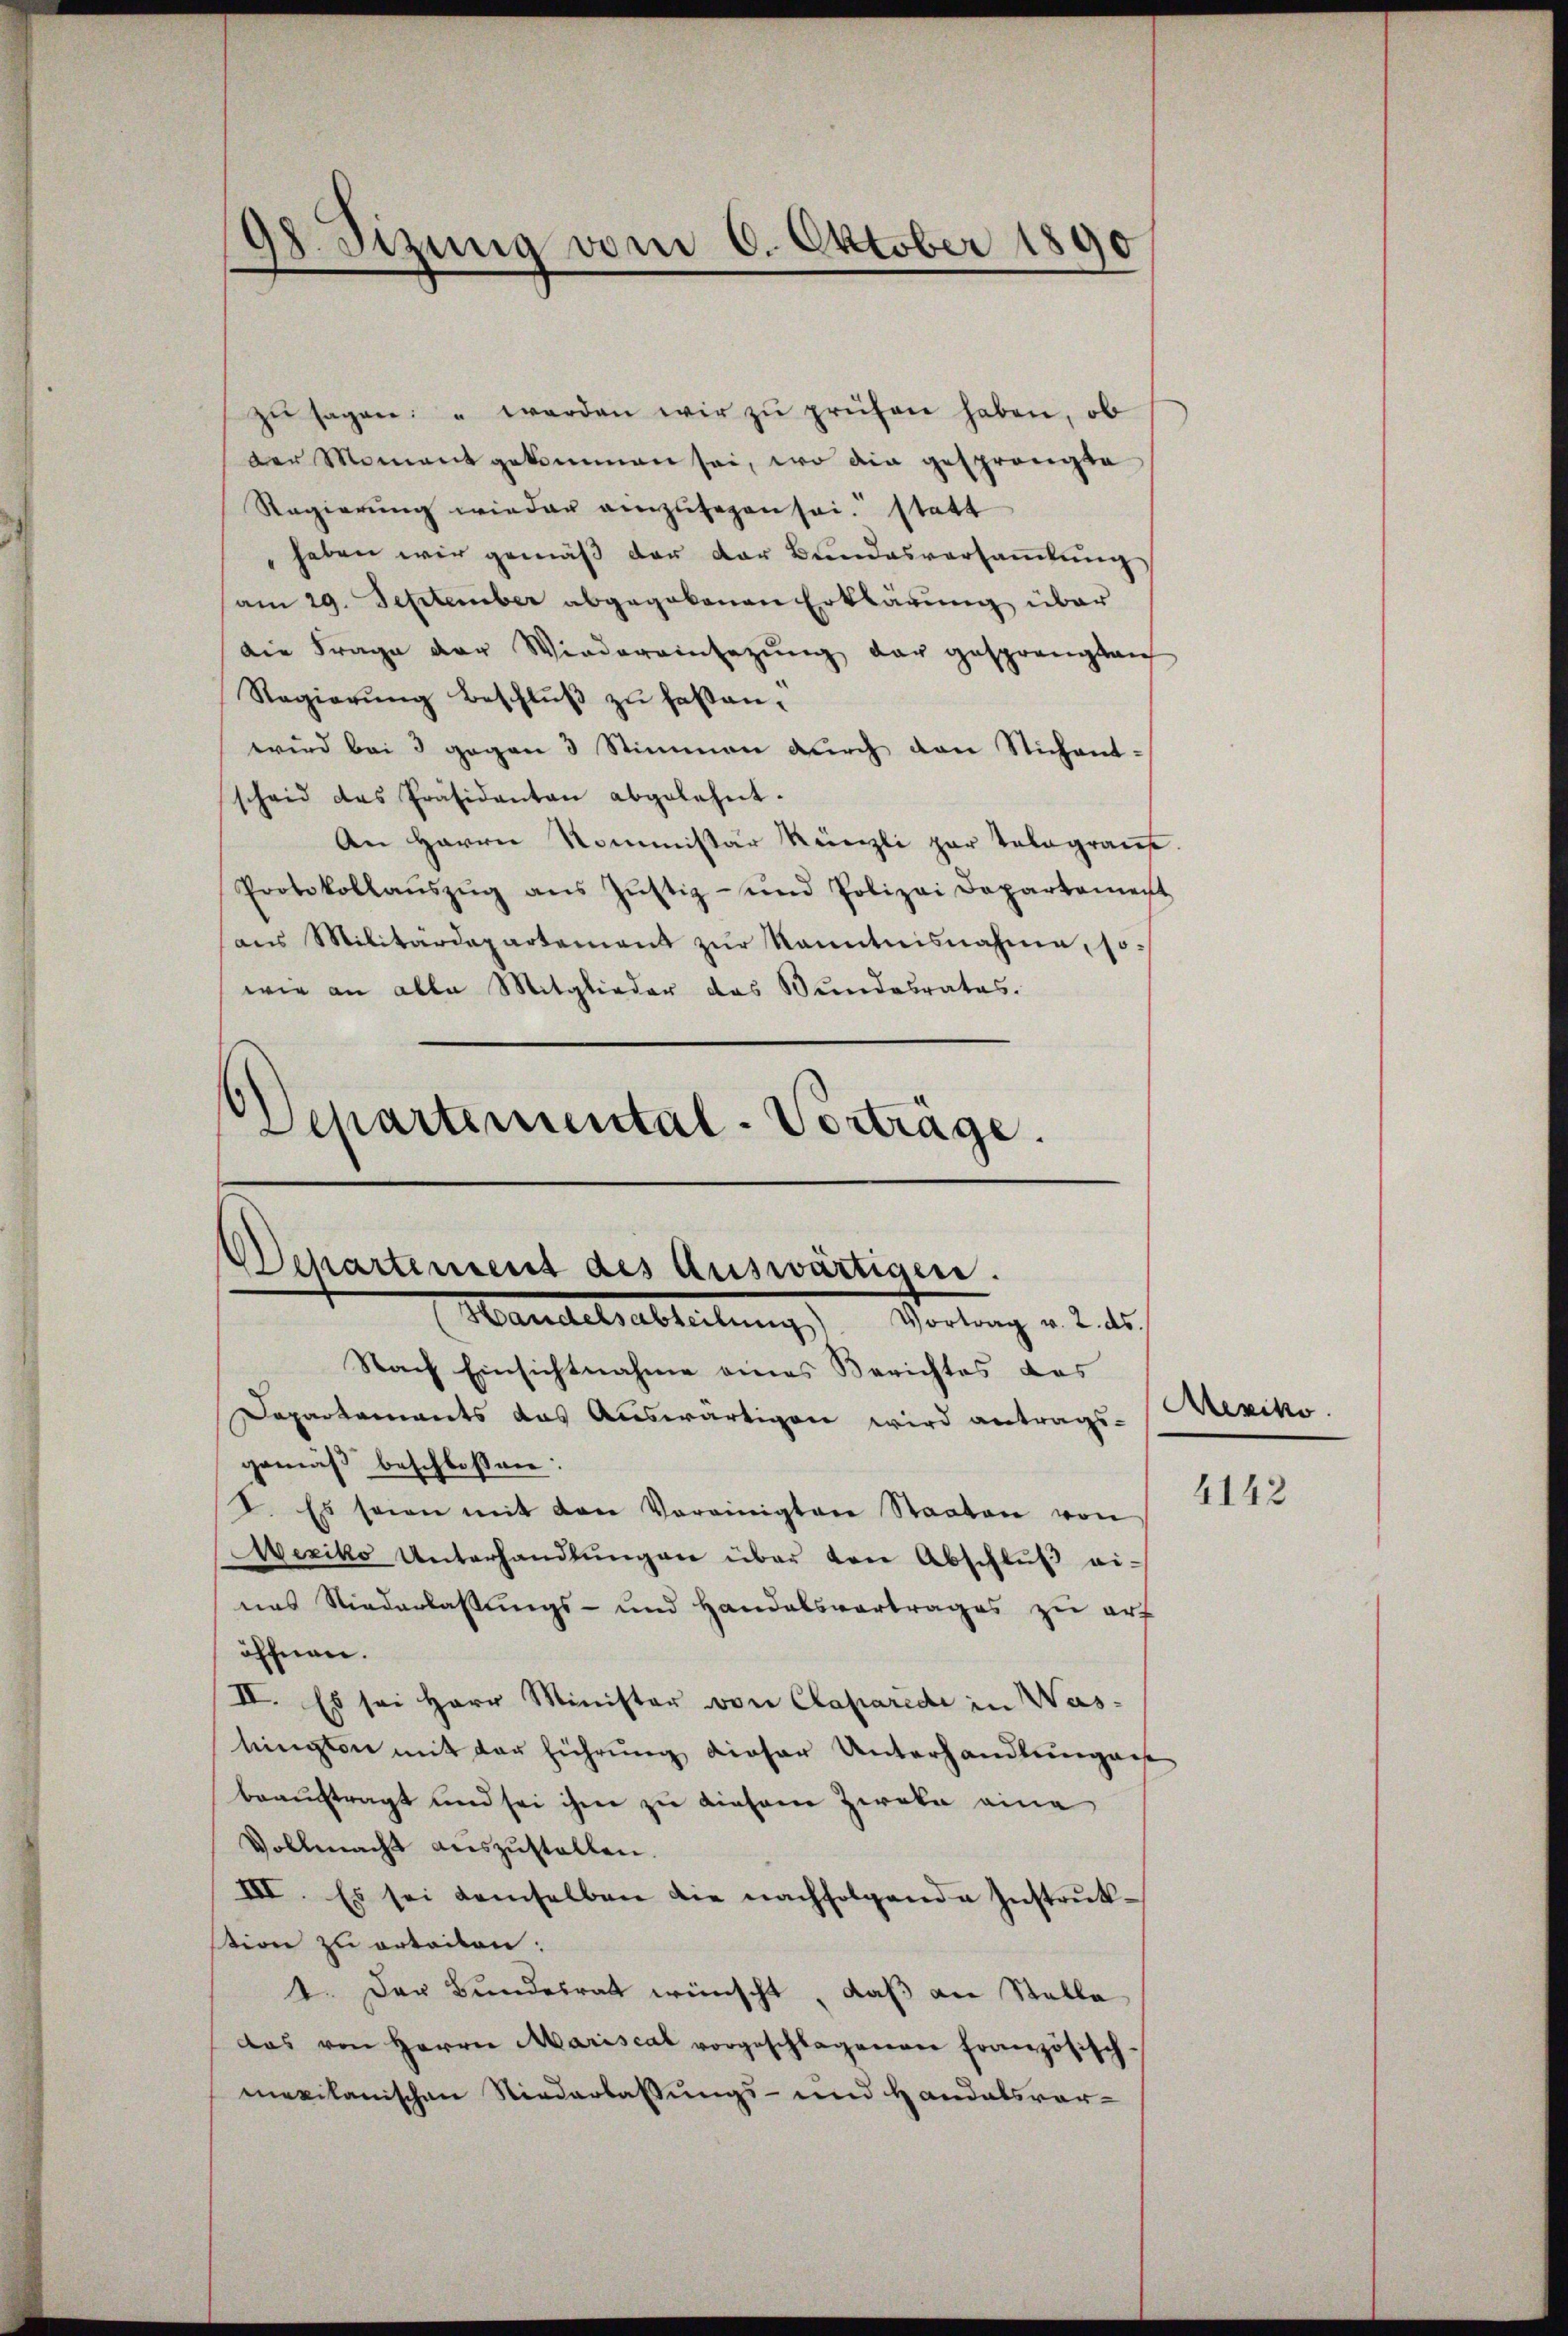
18. Sizung vom 6. Oktober 1890

zŭ sagen: " werden wir zŭ prüfen haben, ob
der Moment gekommen sei, wo die gesprängte
Regierung wieder einzulegen sei. statt
haben wir gemäβ der der Bundesversaṁlŭng
am 29. September abgegebenen Erklärung über
die Frage der Wiedereinsezŭng der gesprängten
Regierŭng beschlŭβ zŭ faßen-
wird bei 3 gegen 3 Stimmen durch den Stichentscheid des Präsidenten abgelehnt.
An Herrn Kommissär Künzli par telegraus.
Protokollaŭszŭg ans Zŭstiz- und Polizei Departement
ans Militärdepartement zŭr kanntnisnahme, so
wie an alle Mitglieder das Bundesrates.
Departemental-Vorträge.

Departement des Auswärtigen.
Handelsabteilung Vortrag v. 2. ds.
Nach Einsichtnahme eines Berichtes des

Dapartements das Auswärtigen wird antrags-
gemäß beschlossen:
I. Es seien mit den Vereinigten Staaten von
exiko Unterhandlŭngen über von Abschlŭβ ei-
nas Niederlassungs- und Handelsvortrages zu auf
öffnen.
II. Es sei Herr Minister von Claparidi in Was-
lingten mit der führung dieser Unterhandlungen
beauftragt und sei ihme zu dieser Zweke eine
Vollmacht auszustellen.
III. Es sei demselben die nachfolgende Instruktion zu erteilen:
4. Der Bŭndesrath wünscht, daβ an Stalla
das von Herrn Mariscat vorgeschlagenen französisch-
mexikanischen Niederlaßungs- und Handelsvor-

Mexiko
4142